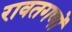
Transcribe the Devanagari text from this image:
रावतगणों